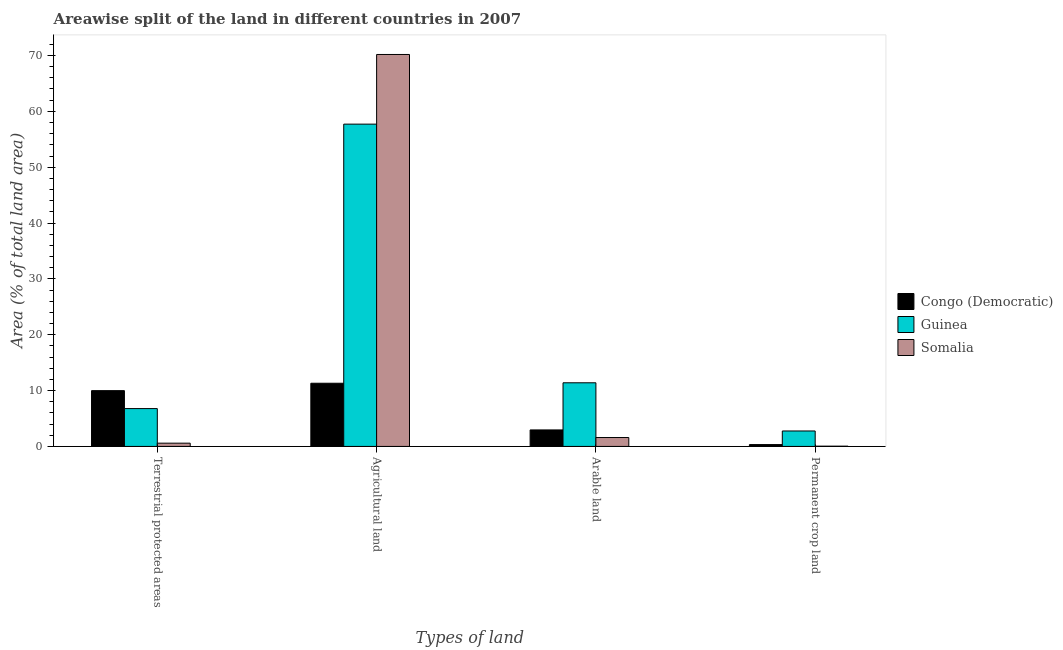
| Types of land | Congo (Democratic) | Guinea | Somalia |
 | --- | --- | --- | --- |
 | Terrestrial protected areas | 9.99 | 6.78 | 0.584 |
 | Agricultural land | 11.3 | 57.7 | 70.2 |
 | Arable land | 2.96 | 11.4 | 1.59 |
 | Permanent crop land | 0.331 | 2.77 | 0.0446 |